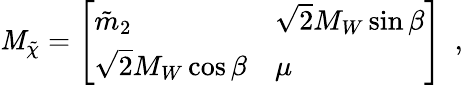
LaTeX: \mathit{M}_{\tilde{{\chi}}}=\left[\begin{array}{ll}{{\tilde{m}_{2}}}&{{\sqrt{2}M_{W}\sin\beta}}\\ {{\sqrt{2}M_{W}\cos\beta}}&{{\mu}}\end{array}\right]\ \ ,